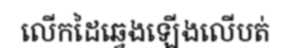
លើកដៃឆ្វេងឡើងលើបត់